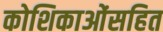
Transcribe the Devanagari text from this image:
कोशिकाओंसहित